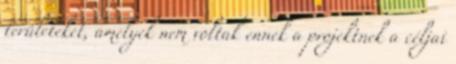
területeket, amelyek nem voltak ennek a projektnek a céljai